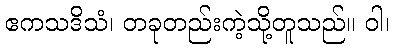
ဧကသဒိသံ၊ တခုတည်းကဲ့သို့တူသည်။ ဝါ၊